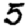
Digit: 5